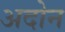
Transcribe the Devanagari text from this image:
अदोन